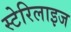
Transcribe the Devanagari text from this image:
स्टेरिलाइज